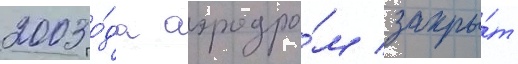
2003 го́да аэродро́м закры́т